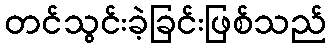
တင်သွင်းခဲ့ခြင်းဖြစ်သည်